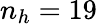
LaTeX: n_{h}=19